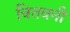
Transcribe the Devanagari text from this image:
चितवनी